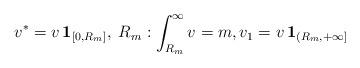
LaTeX: \begin{align*}v^*= v \,{\mathbf 1_{[0, R_m]}},\; R_m: \int_{R_m}^\infty v =m,v_1 = v \, {\mathbf 1_{(R_m,+\infty]}}\end{align*}